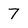
Character: 7